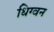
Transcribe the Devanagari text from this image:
धिग्वन